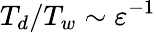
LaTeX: T_{d}/T_{w}\sim{\varepsilon}^{-1}